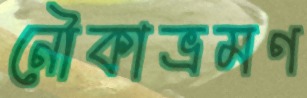
নৌকাভ্রমণ